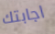
اجابتك